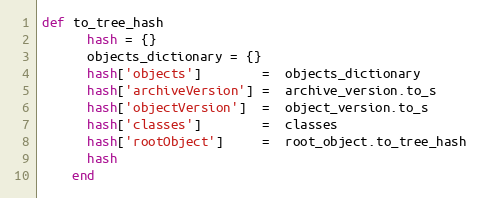
Language: Ruby
def to_tree_hash
      hash = {}
      objects_dictionary = {}
      hash['objects']        =  objects_dictionary
      hash['archiveVersion'] =  archive_version.to_s
      hash['objectVersion']  =  object_version.to_s
      hash['classes']        =  classes
      hash['rootObject']     =  root_object.to_tree_hash
      hash
    end